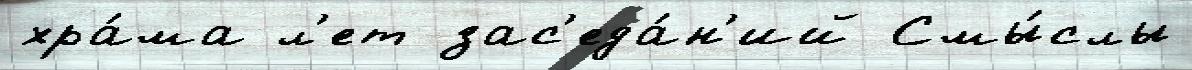
хра́ма л'ет зас'еда́н'ий Смы́слы